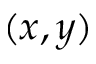
( x , y )